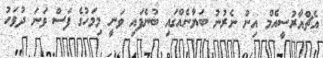
އެޗްއާރުސީއެމް އިން ނެރުނު ބަޔާނެއްގައި ބުނެފައި ވަނީ މިމަހުގެ ފަސް ވަނަ ދުވަހު